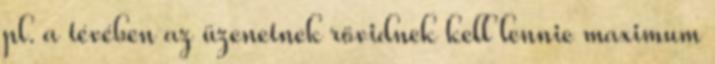
pl. a tévében az üzenetnek rövidnek kell lennie maximum